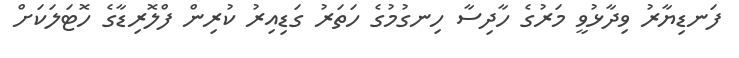
ފަނޑިޔާރު ވިދާޅުވީ މަރުގެ ހާދިސާ ހިނގުމުގެ ހަތަރު ގަޑިއިރު ކުރިން ފްލޮރިޑާގެ ހޮޓަލަކަށް